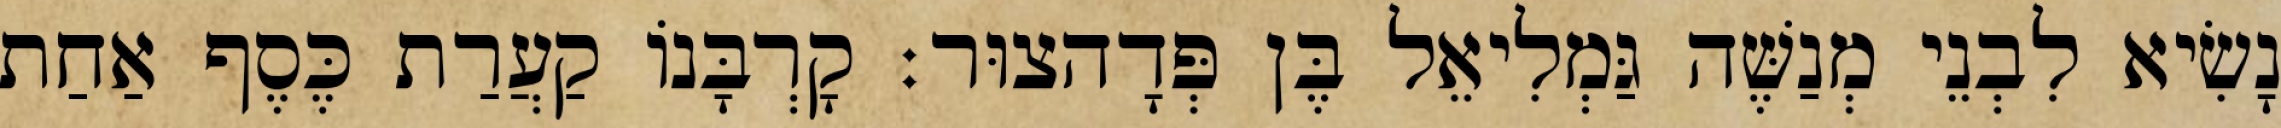
נָשִׂיא לִבְנֵי מְנַשֶּׁה גַּמְלִיאֵל בֶּן פְּדָהצוּר׃ קָרְבָּנוֹ קַעֲרַת כֶּסֶף אַחַת